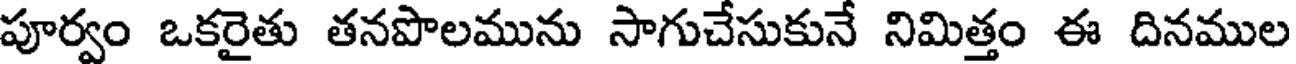
పూర్వం ఒకరైతు తనపొలమును సాగుచేసుకునే నిమిత్తం ఈ దినముల